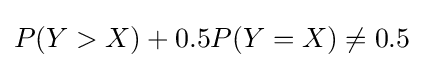
P(Y>X)+0.5P(Y=X)\neq 0.5